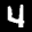
Label: 4